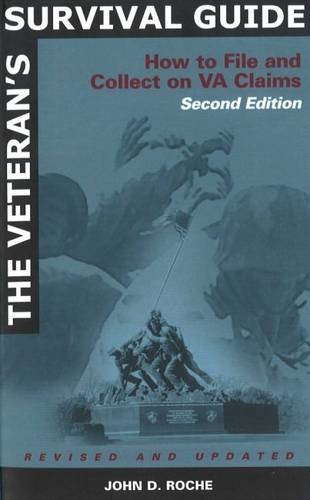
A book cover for The Veteran's Survival Guide: How to File and Collect on VA Claims, Second Edition; John D Roche; Business & Money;